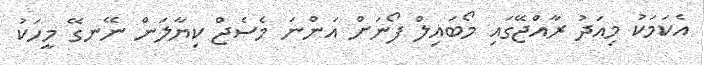
އެކަމަކު މިއަދު ރާއްޖޭގައި މޯބައިލް ފޯނަށް އަންނަ މެސެޖް ކިޔާލަން ނޭނގޭ މީހަކު